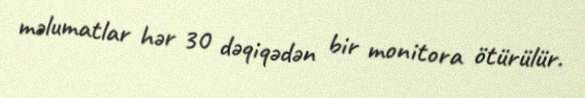
məlumatlar hər 30 dəqiqədən bir monitora ötürülür.